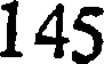
145